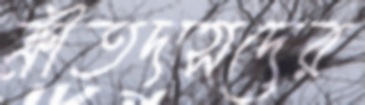
ক্রীতদাসদের